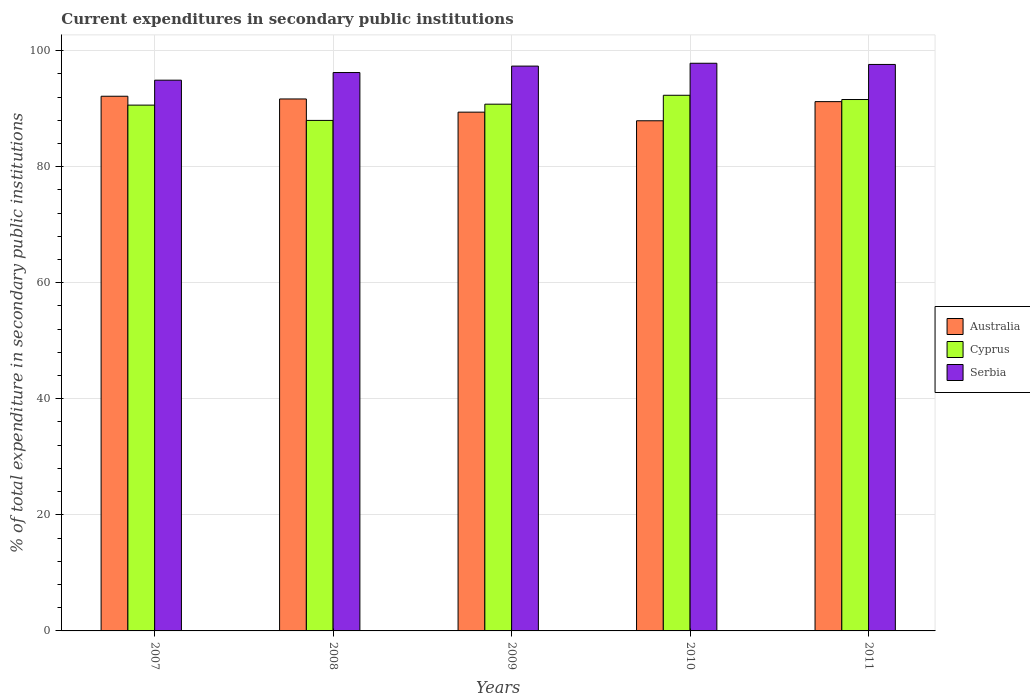
| Years | Australia | Cyprus | Serbia |
 | --- | --- | --- | --- |
 | 2007 | 92.1 | 90.6 | 94.9 |
 | 2008 | 91.7 | 88 | 96.2 |
 | 2009 | 89.4 | 90.8 | 97.3 |
 | 2010 | 87.9 | 92.3 | 97.8 |
 | 2011 | 91.2 | 91.6 | 97.6 |